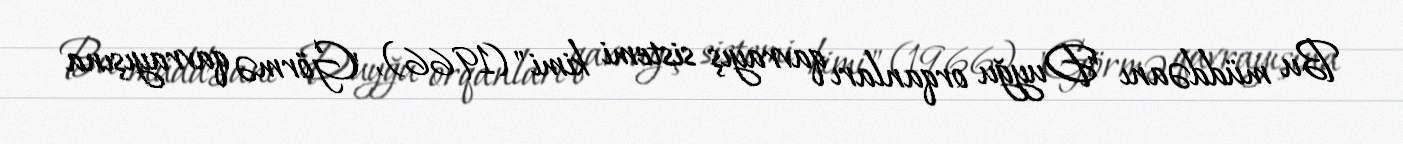
Bu müddəanı "Duyğu orqanları qavrayış sistemi kimi" (1966), "Görmə qavrayışına